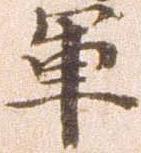
軍